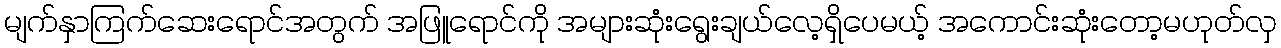
မျက်နှာကြက်ဆေးရောင်အတွက် အဖြူရောင်ကို အများဆုံးရွေးချယ်လေ့ရှိပေမယ့် အကောင်းဆုံးတော့မဟုတ်လှ